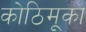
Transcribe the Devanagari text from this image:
कोठिमूका